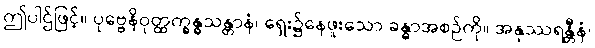
ဤပါဌ်ဖြင့်။ ပုဗ္ဗေနိဝုတ္ထက္ခန္ဓသန္တာနံ၊ ရှေး၌နေဖူးသော ခန္ဓာအစဉ်ကို။ အနုဿရန္တီနံ၊